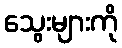
သွေးများကို